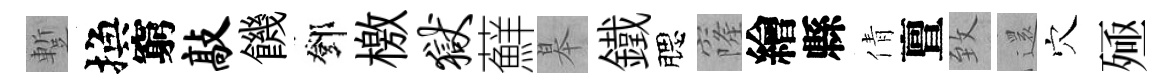
蹔換窮敲饑鄧檄狱蘚皋鐵腮窿繪縣倩亶致𮟃穴殛